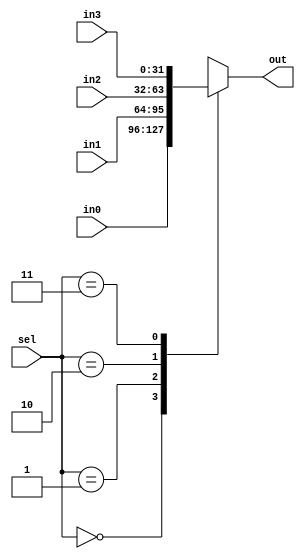
module Multiplex4 #(parameter WIDTH = 32) (
    input       [1:0]           sel, //Selector
    input       [(WIDTH-1):0]   in0, //Output 00
    input       [(WIDTH-1):0]   in1, //Output 01
    input       [(WIDTH-1):0]   in2, //Output 10
    input       [(WIDTH-1):0]   in3, //Output 11
    output reg  [(WIDTH-1):0]   out  //Mux Result
);
    always @ ( * ) begin
        case (sel)
            2'b00: out <= in0;
            2'b01: out <= in1;
            2'b10: out <= in2;
            2'b11: out <= in3;
        endcase
    end

endmodule